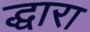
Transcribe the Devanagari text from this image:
द्धारा